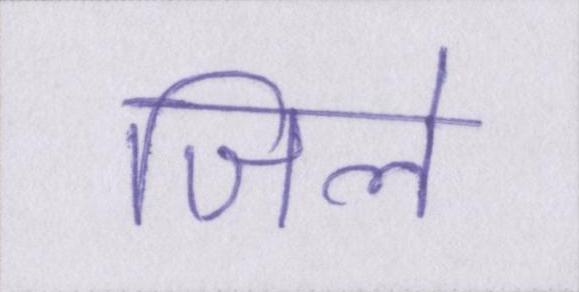
जिले